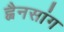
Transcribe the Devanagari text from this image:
ह्वैनसांग